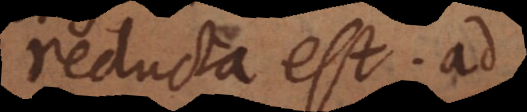
reducta est ad